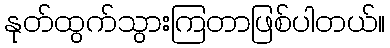
နုတ်ထွက်သွားကြတာဖြစ်ပါတယ်။